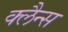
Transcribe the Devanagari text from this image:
क्लैन्स